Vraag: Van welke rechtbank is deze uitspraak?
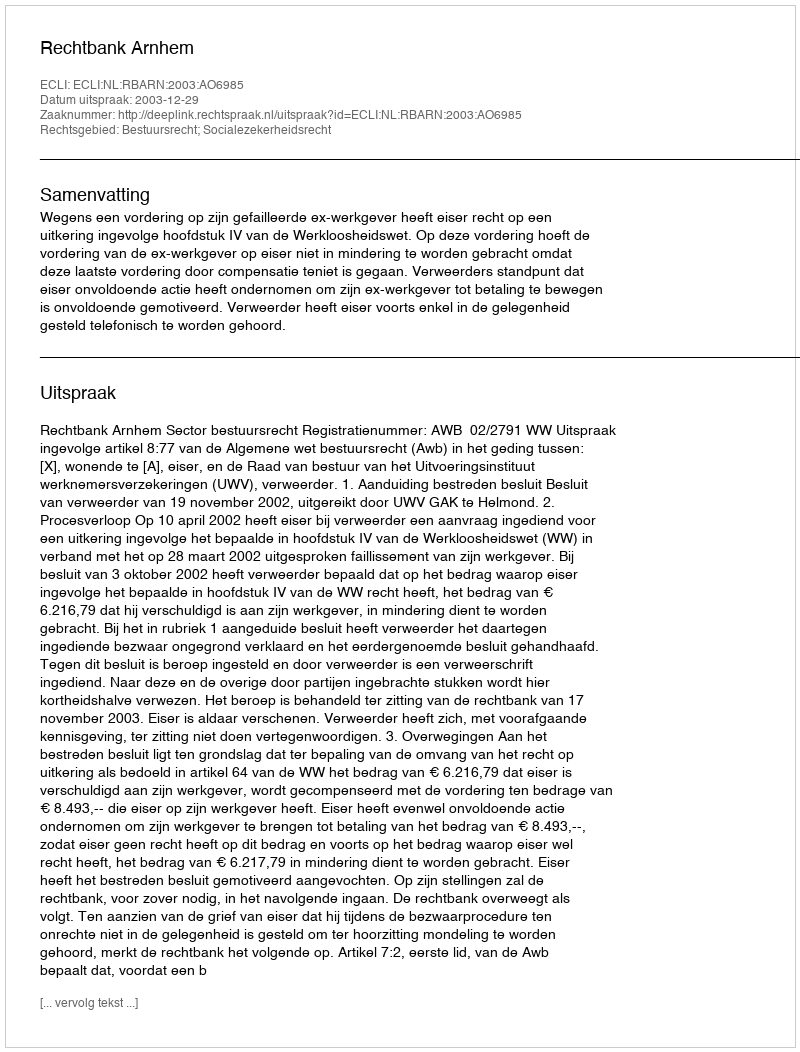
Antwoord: Rechtbank Arnhem